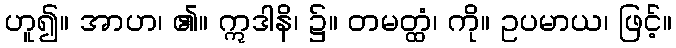
ဟူ၍။ အာဟ၊ ၏။ ဣဒါနိ၊ ၌။ တမတ္ထံ၊ ကို။ ဥပမာယ၊ ဖြင့်။